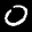
Label: 0